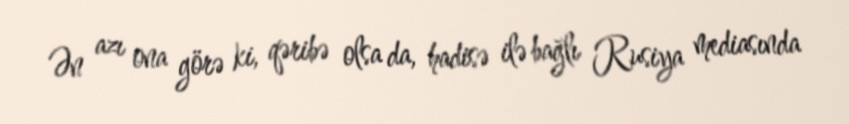
Ən azı ona görə ki, qəribə olsa da, hadisə ilə bağlı Rusiya mediasında